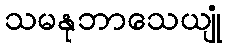
သမနုဘာသေယျုံ